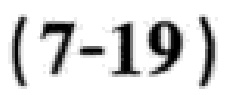
\((7 - 19)\)